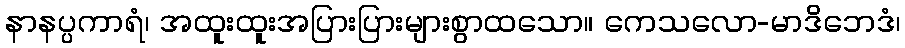
နာနပ္ပကာရံ၊ အထူးထူးအပြားပြားများစွာထသော။ ကေသလော-မာဒိဘေဒံ၊